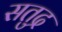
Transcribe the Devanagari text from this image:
सतुद्र